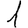
Digit: 1